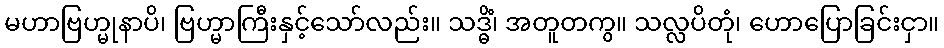
မဟာဗြဟ္မုနာပိ၊ ဗြဟ္မာကြီးနှင့်သော်လည်း။ သဒ္ဓိံ၊ အတူတကွ။ သလ္လပိတုံ၊ ဟောပြောခြင်းငှာ။